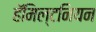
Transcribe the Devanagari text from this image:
हॅमिल्टनियन